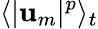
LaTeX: \langle|\mathbf{u}_{m}|^{p}\rangle_{t}